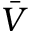
\bar { V }